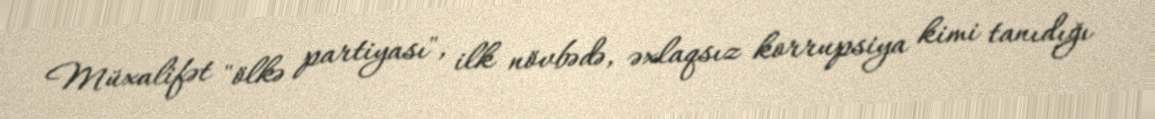
Müxalifət "ölkə partiyası", ilk növbədə, əxlaqsız korrupsiya kimi tanıdığı